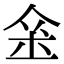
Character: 𨥀